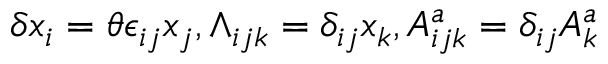
\delta x _ { i } = \theta \epsilon _ { i j } x _ { j } , \wedge _ { i j k } = \delta _ { i j } x _ { k } , A _ { i j k } ^ { a } = \delta _ { i j } A _ { k } ^ { a }